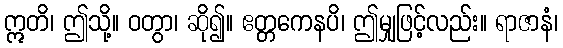
ဣတိ၊ ဤသို့။ ဝတွာ၊ ဆို၍။ ဧတ္တကေနပိ၊ ဤမျှဖြင့်လည်း။ ရာဇာနံ၊